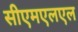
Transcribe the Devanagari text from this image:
सीएमएलएल